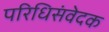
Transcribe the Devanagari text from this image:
परिधिसंवेदक